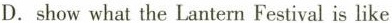
D.show what the Lantern Festival is like.